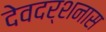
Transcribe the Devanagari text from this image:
देवदर्शनास